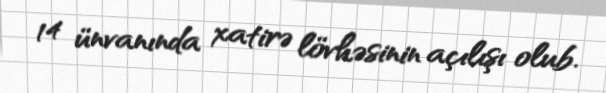
14 ünvanında xatirə lövhəsinin açılışı olub.